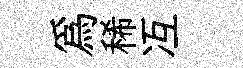
爲稀冱